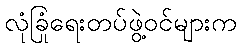
လုံခြုံရေးတပ်ဖွဲ့ဝင်များက